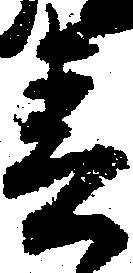
春